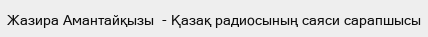
Жазира Амантайқызы  - Қазақ радиосының саяси сарапшысы